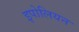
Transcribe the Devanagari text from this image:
इपोलियन